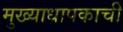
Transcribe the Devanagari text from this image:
मुख्याधापकाची